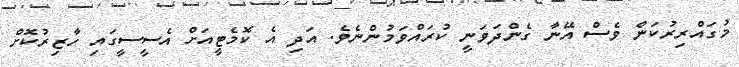
މުގައްރިރުކަން ވެސް އޭނާ ގެންދަވަނީ ކުރައްވަމުންނެވެ. އަދި އެ ކޮމެޓީއަށް އެސީސީގައި ހާޒިރުކޮށް